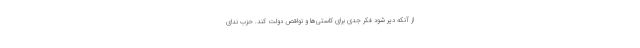
از آنکه دیر شود فکر جدی برای کاستی‌ها و نواقص دولت کند. حزب ندای